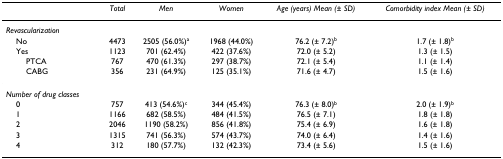
<table><thead><tr><td></td><td><b><i>Total</i></b></td><td><b><i>Men</i></b></td><td><b><i>Women</i></b></td><td><b><i>Age (years) Mean (± SD)</i></b></td><td><b><i>Comorbidity index Mean (± SD)</i></b></td></tr></thead><tbody><tr><td><i>Revascularization</i></td><td></td><td></td><td></td><td></td><td></td></tr><tr><td> No</td><td>4473</td><td>2505 (56.0%)<sup>a</sup></td><td>1968 (44.0%)</td><td>76.2 (± 7.2)<sup>b</sup></td><td>1.7 (± 1.8)<sup>b</sup></td></tr><tr><td> Yes</td><td>1123</td><td>701 (62.4%)</td><td>422 (37.6%)</td><td>72.0 (± 5.2)</td><td>1.3 (± 1.5)</td></tr><tr><td>PTCA</td><td>767</td><td>470 (61.3%)</td><td>297 (38.7%)</td><td>72.1 (± 5.4)</td><td>1.1 (± 1.4)</td></tr><tr><td>CABG</td><td>356</td><td>231 (64.9%)</td><td>125 (35.1%)</td><td>71.6 (± 4.7)</td><td>1.5 (± 1.6)</td></tr><tr><td><i>Number of drug classes</i></td><td></td><td></td><td></td><td></td><td></td></tr><tr><td> 0</td><td>757</td><td>413 (54.6%)<sup>c</sup></td><td>344 (45.4%)</td><td>76.3 (± 8.0)<sup>b</sup></td><td>2.0 (± 1.9)<sup>b</sup></td></tr><tr><td> 1</td><td>1166</td><td>682 (58.5%)</td><td>484 (41.5%)</td><td>76.5 (± 7.1)</td><td>1.8 (± 1.8)</td></tr><tr><td> 2</td><td>2046</td><td>1190 (58.2%)</td><td>856 (41.8%)</td><td>75.4 (± 6.9)</td><td>1.6 (± 1.8)</td></tr><tr><td> 3</td><td>1315</td><td>741 (56.3%)</td><td>574 (43.7%)</td><td>74.0 (± 6.4)</td><td>1.4 (± 1.6)</td></tr><tr><td> 4</td><td>312</td><td>180 (57.7%)</td><td>132 (42.3%)</td><td>73.4 (± 5.6)</td><td>1.5 (± 1.6)</td></tr></tbody></table>